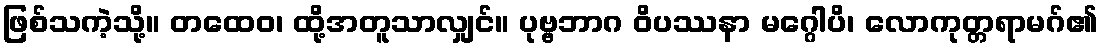
ဖြစ်သကဲ့သို့။ တထေဝ၊ ထို့အတူသာလျှင်။ ပုဗ္ဗဘာဂ ဝိပဿနာ မဂ္ဂေါပိ၊ လောကုတ္တရာမဂ်၏